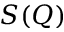
S ( Q )